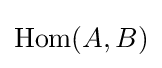
\operatorname {Hom} (A,B)